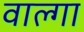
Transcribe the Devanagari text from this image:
वाल्गा